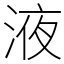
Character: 液